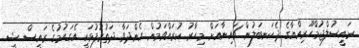
ރައީސުލްޖުމްހޫރިއްޔާގެ ދެކަނބަލުން ޗައިނާއަށް މިހާރު ކުރައްވަމުން ގެންދަވާ ދަތުރުފުޅަކީ އެގައުމުގެ ރައީސް ޝީ